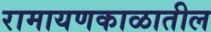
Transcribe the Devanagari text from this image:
रामायणकाळातील